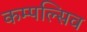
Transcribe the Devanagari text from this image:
कम्पल्सिव